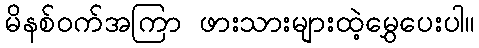
မိနစ်ဝက်အကြာ ဖားသားများထဲ့မွှေပေးပါ။